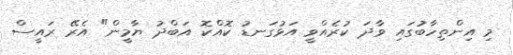
މި އިންތިހާބުގައި ވާދަ ކުރެއްވީ އަޅުގަނޑު ކޮއްކޮ އަބްދު ޔާމީން" އެރޭ ރައީސް